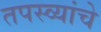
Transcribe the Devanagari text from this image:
तपस्व्यांचे